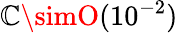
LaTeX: \mathbb{C}\simO(10^{-2})